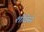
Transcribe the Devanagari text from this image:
शोवेर्स